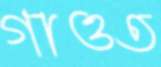
গাওত